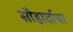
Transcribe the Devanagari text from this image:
सौहार्दाचा